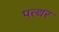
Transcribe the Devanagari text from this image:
पत्त्थर